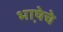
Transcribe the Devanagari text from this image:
भा़षेचे